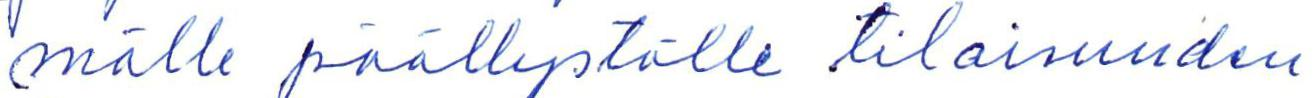
mälle päällystölle tilaisuuden